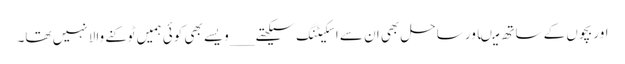
اور بچوں کے ساتھ میںاور ساحل بھی ان سے اسکیٹنگ سیکھتے ___ویسے بھی کوئی ہمیں ٹوکنے والا نہیں تھا۔